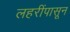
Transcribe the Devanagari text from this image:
लहरींपासून